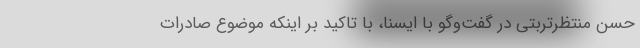
حسن منتظرتربتی در گفت‌وگو با ایسنا، با تاکید بر اینکه موضوع صادرات